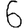
Digit: 6